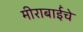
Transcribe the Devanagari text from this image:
मीराबाईंचे